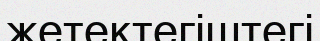
жетектегіштегі